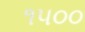
૧૫૦૦